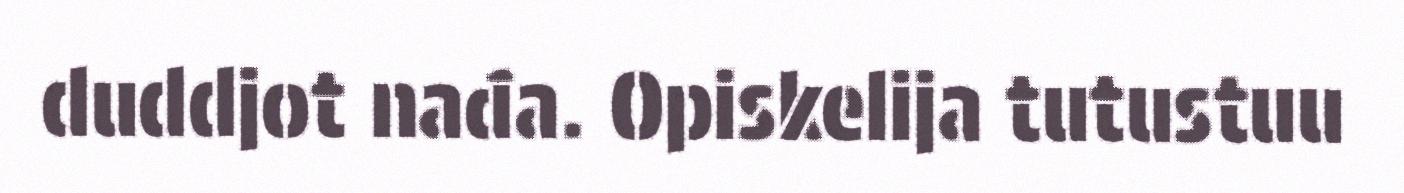
duddjot nađa. Opiskelija tutustuu